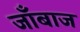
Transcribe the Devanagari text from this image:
जाँबाज